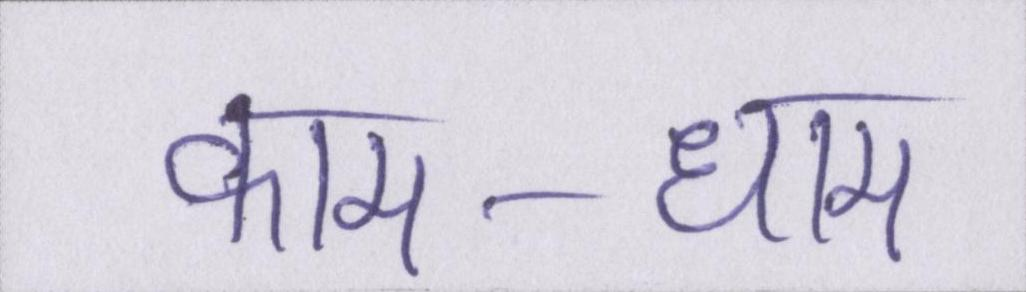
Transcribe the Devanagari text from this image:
काम-धाम